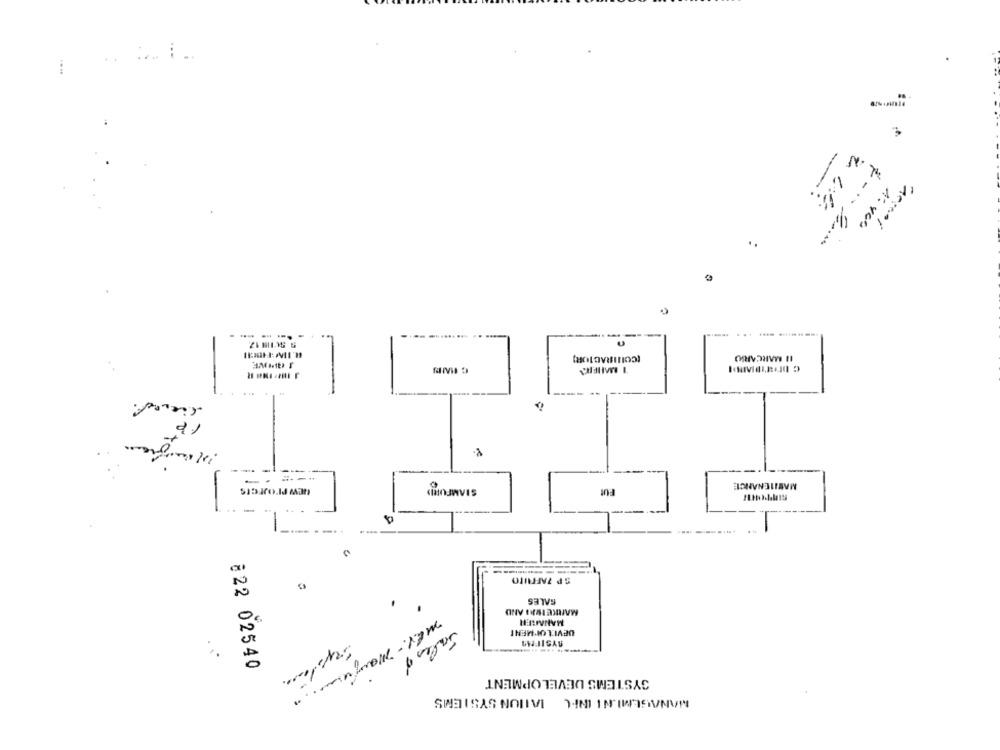
.. . ..
-
1: 460
.....
(COUIRACTOR)
--.
-- ----
FUI
SISJro.Id Mat
-
DEVELOPMENT
822 02540
SYSTEMS DEVELOPMENT
MANAGEMINI INFL IATION SYSTEMS